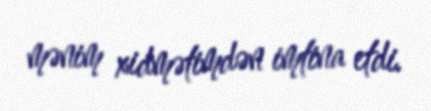
mənim xidmətimdən imtina etdi.